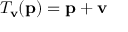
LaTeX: T _ { \mathbf { v } } ( \mathbf { p } ) = \mathbf { p } + \mathbf { v }